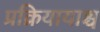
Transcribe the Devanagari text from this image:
प्रक्रियायाश्च